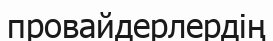
провайдерлердің